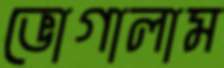
ভোগালাম